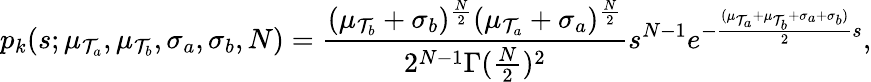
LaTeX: p_{k}(s;\mu_{\mathcal{T}_{a}},\mu_{\mathcal{T}_{b}},\sigma_{a},\sigma_{b},N)=\frac{{(\mu_{\mathcal{T}_{b}}+\sigma_{b})^{\frac{{N}}{{2}}}(\mu_{\mathcal{T}_{a}}+\sigma_{a})^{\frac{{N}}{{2}}}}}{{2^{N-1}\Gamma(\frac{{N}}{{2}})^{2}}}s^{N-1}e^{-\frac{{(\mu_{\mathcal{T}_{a}}+\mu_{\mathcal{T}_{b}}+\sigma_{a}+\sigma_{b})}}{{2}}s},